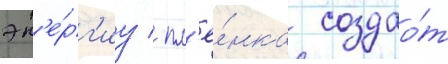
эн'е́рг'иу / пл'ё́нка создао́т